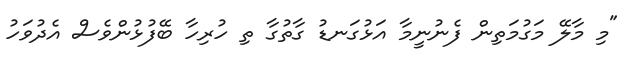
"މި މާލޭ މަގުމަތިން ފެނުނީމާ އަޅުގަނޑު ގާތުގާ ތި ހުރިހާ ބޭފުޅުންވެސް އެދުވަހު